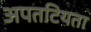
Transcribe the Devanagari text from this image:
अपतटियता